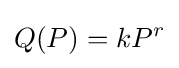
Q(P)=kP^{r}